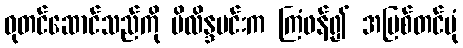
ဓုတင်ဆောင်သည်ကို မိလိန္ဒမင်းက ကြံဖန်၍ အပြစ်တင်ပုံ